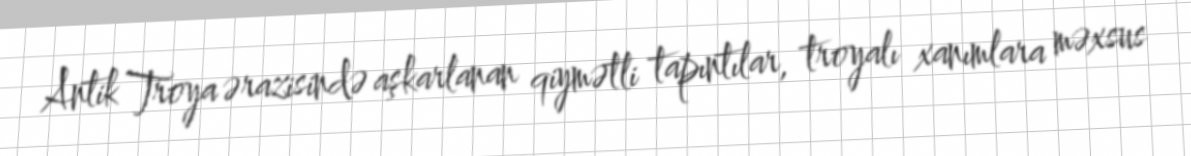
Antik Troya ərazisində aşkarlanan qiymətli tapıntılar, troyalı xanımlara məxsus